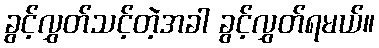
ခွင့်လွှတ်သင့်တဲ့အခါ ခွင့်လွှတ်ရမယ်။